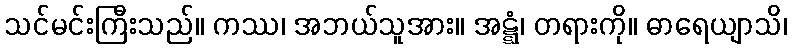
သင်မင်းကြီးသည်။ ကဿ၊ အဘယ်သူအား။ အဋ္ဋံ၊ တရားကို။ ဓာရေယျာသိ၊